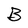
Character: B